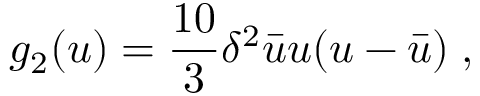
g _ { 2 } ( u ) = { \frac { 1 0 } { 3 } } \delta ^ { 2 } { \bar { u } } u ( u - { \bar { u } } ) \; ,